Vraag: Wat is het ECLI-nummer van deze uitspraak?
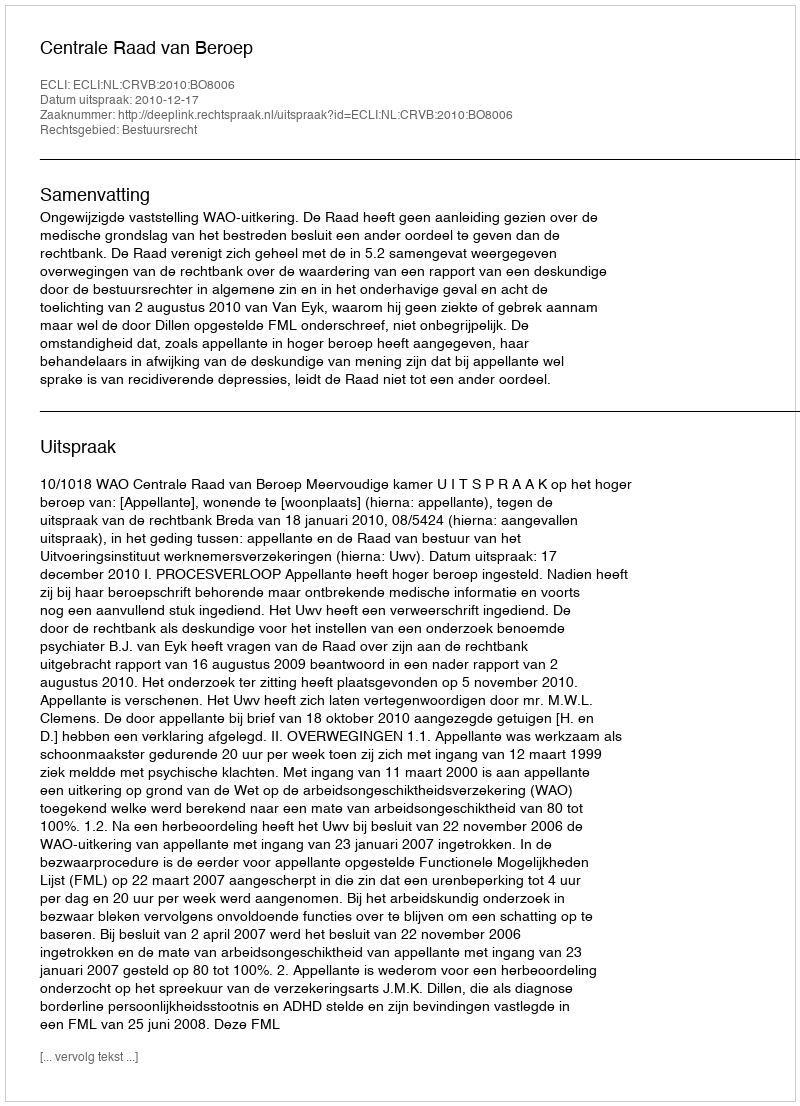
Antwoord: ECLI:NL:CRVB:2010:BO8006